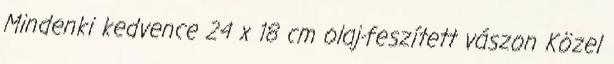
Mindenki kedvence 24 x 18 cm olaj-feszített vászon Közel